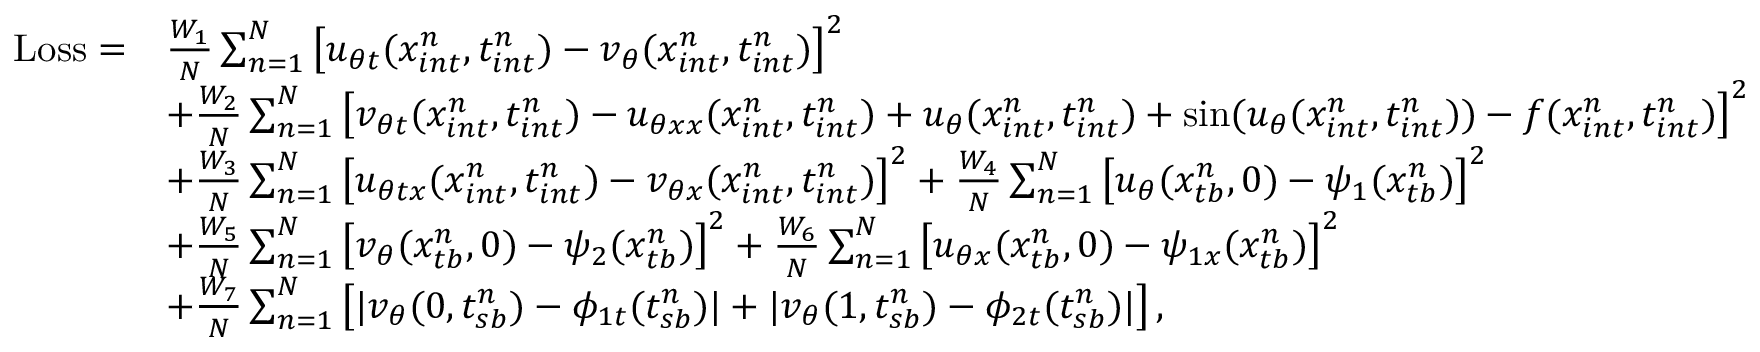
\begin{array} { r l } { \mathrm { L o s s } = } & { \frac { W _ { 1 } } { N } \sum _ { n = 1 } ^ { N } \left[ u _ { \theta t } ( x _ { i n t } ^ { n } , t _ { i n t } ^ { n } ) - v _ { \theta } ( x _ { i n t } ^ { n } , t _ { i n t } ^ { n } ) \right] ^ { 2 } } \\ & { + \frac { W _ { 2 } } { N } \sum _ { n = 1 } ^ { N } \left[ v _ { \theta t } ( x _ { i n t } ^ { n } , t _ { i n t } ^ { n } ) - u _ { \theta x x } ( x _ { i n t } ^ { n } , t _ { i n t } ^ { n } ) + u _ { \theta } ( x _ { i n t } ^ { n } , t _ { i n t } ^ { n } ) + \sin ( u _ { \theta } ( x _ { i n t } ^ { n } , t _ { i n t } ^ { n } ) ) - f ( x _ { i n t } ^ { n } , t _ { i n t } ^ { n } ) \right] ^ { 2 } } \\ & { + \frac { W _ { 3 } } { N } \sum _ { n = 1 } ^ { N } \left[ u _ { \theta t x } ( x _ { i n t } ^ { n } , t _ { i n t } ^ { n } ) - v _ { \theta x } ( x _ { i n t } ^ { n } , t _ { i n t } ^ { n } ) \right] ^ { 2 } + \frac { W _ { 4 } } { N } \sum _ { n = 1 } ^ { N } \left[ u _ { \theta } ( x _ { t b } ^ { n } , 0 ) - \psi _ { 1 } ( x _ { t b } ^ { n } ) \right] ^ { 2 } } \\ & { + \frac { W _ { 5 } } { N } \sum _ { n = 1 } ^ { N } \left[ v _ { \theta } ( x _ { t b } ^ { n } , 0 ) - \psi _ { 2 } ( x _ { t b } ^ { n } ) \right] ^ { 2 } + \frac { W _ { 6 } } { N } \sum _ { n = 1 } ^ { N } \left[ u _ { \theta x } ( x _ { t b } ^ { n } , 0 ) - \psi _ { 1 x } ( x _ { t b } ^ { n } ) \right] ^ { 2 } } \\ & { + \frac { W _ { 7 } } { N } \sum _ { n = 1 } ^ { N } \left[ | v _ { \theta } ( 0 , t _ { s b } ^ { n } ) - \phi _ { 1 t } ( { t _ { s b } ^ { n } } ) | + | v _ { \theta } ( 1 , t _ { s b } ^ { n } ) - \phi _ { 2 t } ( { t _ { s b } ^ { n } } ) | \right] , } \end{array}